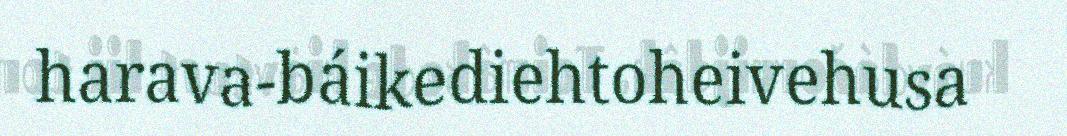
harava-báikediehtoheivehusa